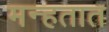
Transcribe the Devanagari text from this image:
मन्हतात